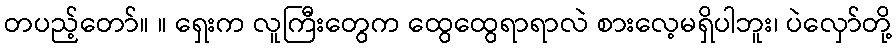
တပည့်တော်။ ။ ရှေးက လူကြီးတွေက ထွေထွေရာရာလဲ စားလေ့မရှိပါဘူး၊ ပဲလှော်တို့